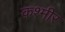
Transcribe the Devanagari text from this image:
क़श्मीर